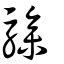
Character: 驂